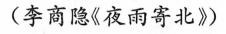
(李商隐《夜雨寄北》)